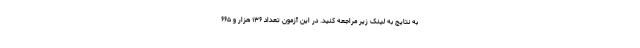
به نتایج به لینک زیر مراجعه کنید. در این آزمون تعداد ۱۳۶ هزار و ۶۶۵